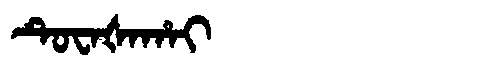
Manchu: ᡨᡠᠸᠠᡧᠠᡥᠠᡳ
Romanization: TUWAŠAHAI